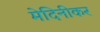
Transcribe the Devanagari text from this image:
मेदिनीकर